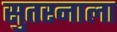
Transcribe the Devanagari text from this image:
सुतरनाला